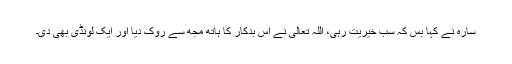
سارہ نے کہا بس کہ سب خیریت رہی، اللہ تعالیٰ نے اس بدکار کا ہاتھ مجھ سے روک دیا اور ایک لونڈی بھی دی۔